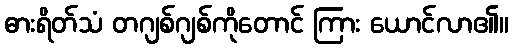
ဓားရိတ်သံ တဂျစ်ဂျစ်ကိုတောင် ကြား ယောင်လာ၏။